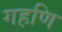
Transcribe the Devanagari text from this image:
गहणि